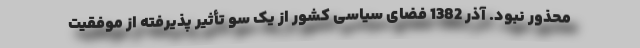
محذور نبود. آذر 1382 فضای سیاسی کشور از یک سو تأثیر پذیرفته از موفقیت